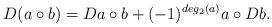
LaTeX: \begin{align*}D(a\circ b)=Da\circ b+(-1)^{deg_2(a)}a\circ Db.\end{align*}